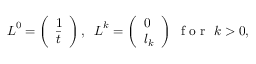
\begin{array} { r } { \boldsymbol L ^ { 0 } = \left( \begin{array} { l } { 1 } \\ { \boldsymbol { \bar { t } } } \end{array} \right) , \; \; \boldsymbol L ^ { k } = \left( \begin{array} { l } { 0 } \\ { \boldsymbol { l } _ { k } } \end{array} \right) \; \mathrm { ~ f ~ o ~ r ~ } \; k > 0 , } \end{array}